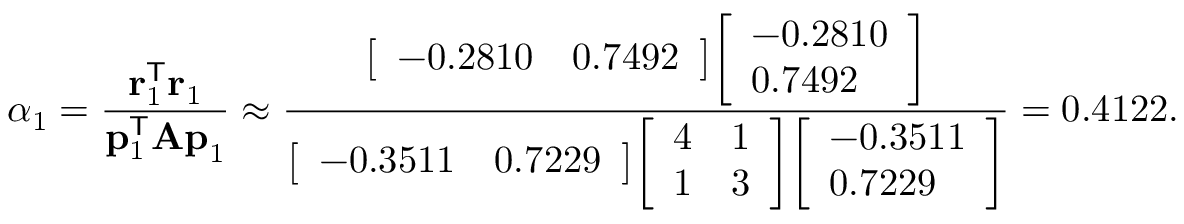
\alpha _ { 1 } = { \frac { \mathbf { r } _ { 1 } ^ { \mathsf { T } } \mathbf { r } _ { 1 } } { \mathbf { p } _ { 1 } ^ { \mathsf { T } } \mathbf { A p } _ { 1 } } } \approx { \frac { { \left[ \begin{array} { l l } { - 0 . 2 8 1 0 } & { 0 . 7 4 9 2 } \end{array} \right] } { \left[ \begin{array} { l } { - 0 . 2 8 1 0 } \\ { 0 . 7 4 9 2 } \end{array} \right] } } { { \left[ \begin{array} { l l } { - 0 . 3 5 1 1 } & { 0 . 7 2 2 9 } \end{array} \right] } { \left[ \begin{array} { l l } { 4 } & { 1 } \\ { 1 } & { 3 } \end{array} \right] } { \left[ \begin{array} { l } { - 0 . 3 5 1 1 } \\ { 0 . 7 2 2 9 } \end{array} \right] } } } = 0 . 4 1 2 2 .